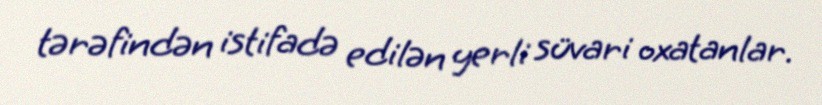
tərəfindən istifadə edilən yerli süvari oxatanlar.